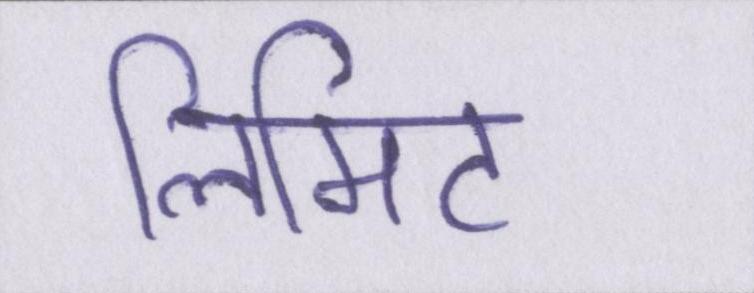
लिमिट